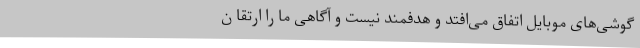
گوشی‌های موبایل اتفاق می‌افتد و هدفمند نیست و آگاهی ما را ارتقا ن